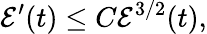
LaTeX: \mathcal{E}^{\prime}(t)\leq C\mathcal{E}^{3/2}(t),